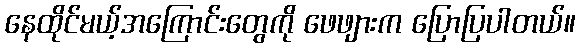
နေထိုင်မယ့်အကြောင်းတွေကို ဖေဖျားက ပြောပြပါတယ်။